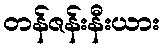
တန်ဇန်းနီးယား